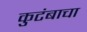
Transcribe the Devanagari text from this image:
कुटंबाचा